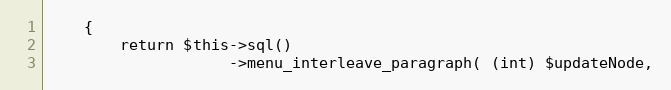
Language: PHP
    {
        return $this->sql()
                    ->menu_interleave_paragraph( (int) $updateNode,